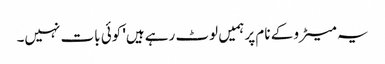
یہ میٹرو کے نام پر ہمیں لوٹ رہے ہیں' کوئی بات نہیں۔